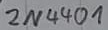
Text: 2N4401